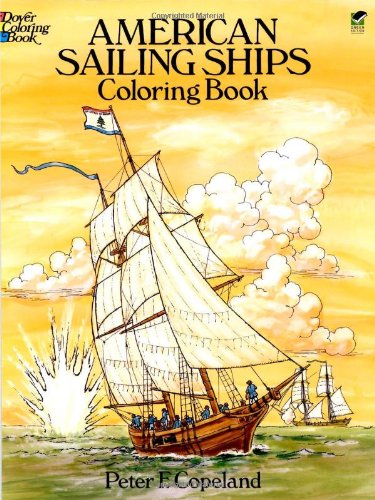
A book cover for American Sailing Ships Coloring Book (Dover History Coloring Book); Peter F. Copeland; Children's Books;